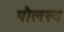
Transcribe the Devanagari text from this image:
पौलस्य